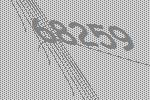
68259